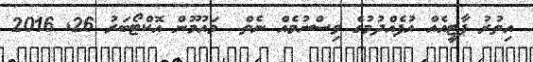
އިތުރު ޕާޓީއެއް އުފެއްދުމުގެ ވިސްނުމެއް ނެތް  މައުމޫން އޮކްޓޯބަރު 26